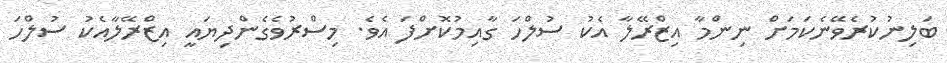
ބަލިނުކުރެވޭނެކަމަށް ނިންމާ އިޒްރޭލާ އެކު ސުލްހަ ގާއިމުކޮށްފަ އެވެ. މިސްރުވެގެންދިޔައީ އިޒްރޭލާއެކު ސުލްހަ